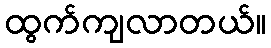
ထွက်ကျလာတယ်။